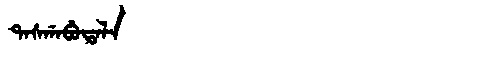
Manchu: ᡨᠠᠰᡤᠠᠪᡠᡨᠠᠯᠠ
Romanization: TASGABUTALA